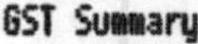
GST SUMMARY